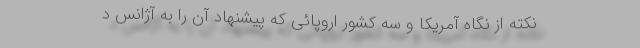
نکته از نگاه آمریکا و سه کشور اروپائی که پیشنهاد آن را به آژانس د